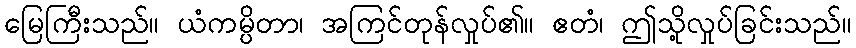
မြေကြီးသည်။ ယံကမ္ပိတာ၊ အကြင်တုန်လှုပ်၏။ ဧတံ၊ ဤသို့လှုပ်ခြင်းသည်။